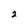
Character: 2